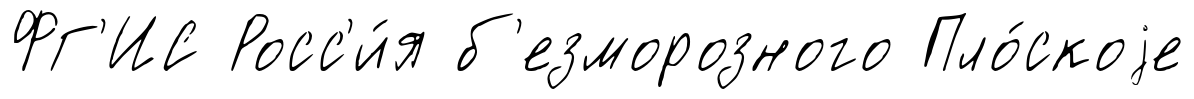
ФГ'ИС Росс'и́я б'езморозного Пло́скоjе